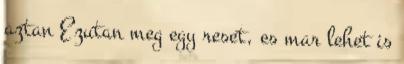
aztan Ezutan meg egy reset, es mar lehet is